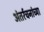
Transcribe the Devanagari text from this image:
अंतर्रचनांच्या